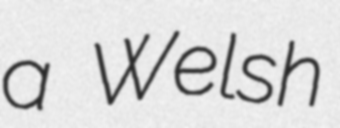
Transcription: a Welsh